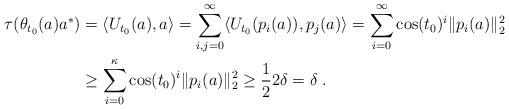
LaTeX: \begin{align*}\tau(\theta_{t_0}(a)a^\ast) &= \langle U_{t_0}(a),a\rangle = \sum_{i,j=0}^\infty\langle U_{t_0}(p_i(a)),p_j(a)\rangle= \sum_{i=0}^\infty\cos(t_0)^i\|p_i(a)\|_2^2\\&\geq \sum_{i=0}^\kappa\cos(t_0)^i\|p_i(a)\|_2^2\geq\frac{1}{2} 2\delta= \delta\; .\end{align*}